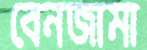
বেনজামা